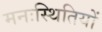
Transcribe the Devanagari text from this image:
मनःस्थितियों